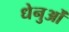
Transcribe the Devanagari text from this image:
धेनुओं